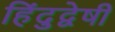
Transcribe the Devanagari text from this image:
हिंदुद्वेषी